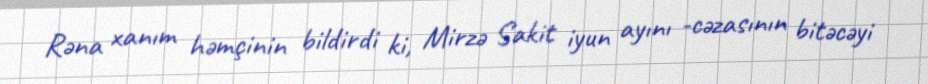
Rəna xanım həmçinin bildirdi ki, Mirzə Sakit iyun ayını -cəzasının bitəcəyi